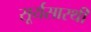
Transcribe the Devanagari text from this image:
सूर्यसारथी